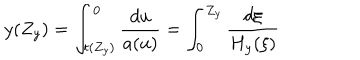
LaTeX: y ( Z _ { y } ) = \int _ { t ( Z _ { y } ) } ^ { 0 } \frac { d u } { a ( u ) } = \int _ { 0 } ^ { Z _ { y } } \frac { d \xi } { H _ { y } ( \xi ) }